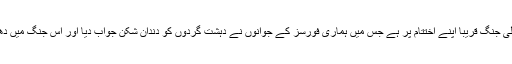
وطن عزیز میں دہشت گردی کے خلاف لڑی جانے والی جنگ قریباً اپنے اختتام پر ہے جس میں ہماری فورسز کے جوانوں نے دہشت گردوں کو دندان شکن جواب دیا اور اس جنگ میں دھرتی کے بیٹوں نے اپنی جانوں کا نذرانہ بھی پیش کیا۔